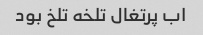
اب پرتغال تلخه تلخ بود